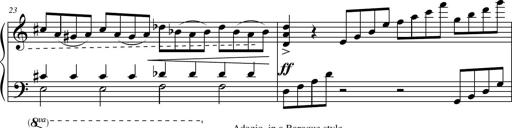
Title: Suite in the Old Style
Composer: Tyler Versluis